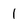
Character: 1